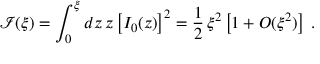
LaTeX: { \mathcal I } ( \xi ) = \int _ { 0 } ^ { \xi } d z \, z \left[ I _ { 0 } ( z ) \right] ^ { 2 } = \frac { 1 } { 2 } \, \xi ^ { 2 } \left[ 1 + O ( \xi ^ { 2 } ) \right] \; .